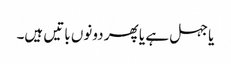
یا جہل ہے یا پھر دونوں باتیں ہیں۔